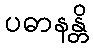
ပဓာနန္တိ